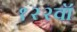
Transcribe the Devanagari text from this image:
१२२वॉ